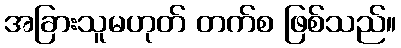
အခြားသူမဟုတ် တက်စ ဖြစ်သည်။